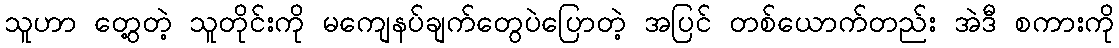
သူဟာ တွေ့တဲ့ သူတိုင်းကို မကျေနပ်ချက်တွေပဲပြောတဲ့ အပြင် တစ်ယောက်တည်း အဲဒီ စကားကို